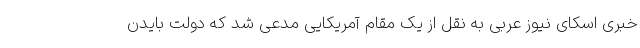
خبری اسکای نیوز عربی به نقل از یک مقام آمریکایی مدعی شد که دولت بایدن